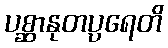
ပစ္ဆာနုတပ္ပရေတိ